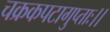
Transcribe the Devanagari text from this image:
चक्रकपटागुप्ताः।।